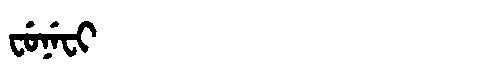
Manchu: ᠸᡠᠨᡝᠸᡳ
Romanization: FUNEFI